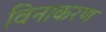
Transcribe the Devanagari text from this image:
विनाकरण